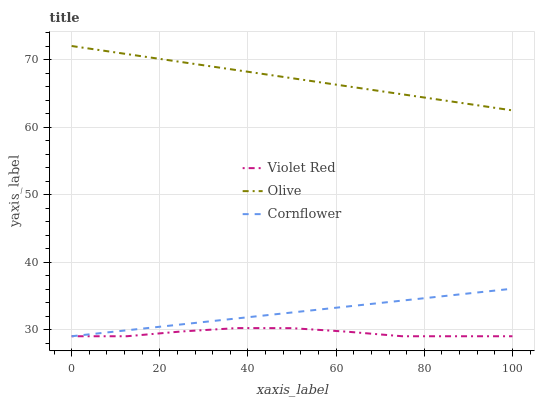
| xaxis_label | Violet Red | Olive | Cornflower |
 | --- | --- | --- | --- |
 | 0 | 29 | 72 | 29 |
 | 12.5 | 29 | 70.8 | 29.9 |
 | 25 | 29.7 | 69.6 | 30.8 |
 | 37.5 | 30.2 | 68.4 | 31.6 |
 | 50 | 30.2 | 67.2 | 32.5 |
 | 62.5 | 29.7 | 66 | 33.4 |
 | 75 | 29 | 64.8 | 34.3 |
 | 87.5 | 29 | 63.7 | 35.2 |
 | 100 | 29 | 62.5 | 36 |